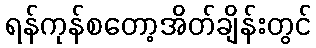
ရန်ကုန်စတော့အိတ်ချိန်းတွင်